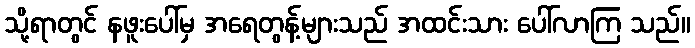
သို့ရာတွင် နဖူးပေါ်မှ အရေတွန့်များသည် အထင်းသား ပေါ်လာကြ သည်။